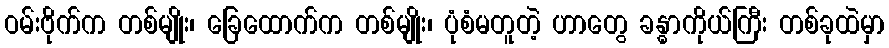
ဝမ်းဗိုက်က တစ်မျိုး၊ ခြေထောက်က တစ်မျိုး၊ ပုံစံမတူတဲ့ ဟာတွေ ခန္ဓာကိုယ်ကြီး တစ်ခုထဲမှာ